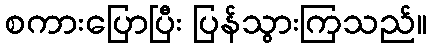
စကားပြောပြီး ပြန်သွားကြသည်။